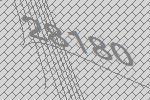
28180